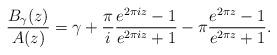
LaTeX: \begin{align*}\frac{B_\gamma(z)}{A(z)} = \gamma +\frac{\pi}{i} \frac{e^{2\pi i z} - 1}{e^{2\pi i z} +1}- \pi \frac{e^{2\pi z} - 1}{e^{2\pi z} +1}. \end{align*}